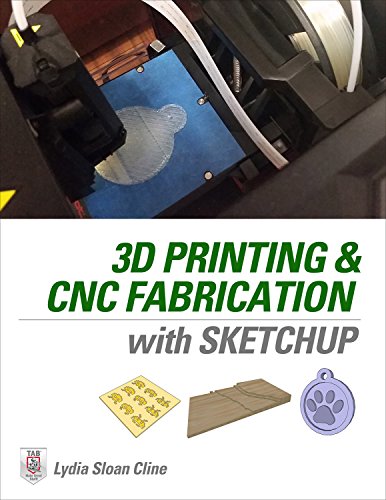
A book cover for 3D Printing and CNC Fabrication with SketchUp; Lydia Cline; Computers & Technology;